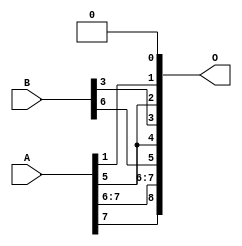
// This program was cloned from: https://github.com/ehw-fit/evoapproxlib
// License: MIT License

/***
* This code is a part of EvoApproxLib library (ehw.fit.vutbr.cz/approxlib) distributed under The MIT License.
* When used, please cite the following article(s): V. Mrazek, L. Sekanina, Z. Vasicek "Libraries of Approximate Circuits: Automated Design and Application in CNN Accelerators" IEEE Journal on Emerging and Selected Topics in Circuits and Systems, Vol 10, No 4, 2020 
* This file contains a circuit from a sub-set of pareto optimal circuits with respect to the pwr and ep parameters
***/
// MAE% = 25.00 %
// MAE = 64 
// WCE% = 50.00 %
// WCE = 128 
// WCRE% = 9700.00 %
// EP% = 99.95 %
// MRE% = 249.36 %
// MSE = 4798 
// PDK45_PWR = 0.000 mW
// PDK45_AREA = 0.0 um2
// PDK45_DELAY = 0.00 ns

module add8se_8XS (
    A,
    B,
    O
);

input [7:0] A;
input [7:0] B;
output [8:0] O;
assign O[8] = A[7];
assign O[7] = A[7];
assign O[6] = A[6];
assign O[5] = B[6];
assign O[4] = A[5];
assign O[3] = B[3];
assign O[2] = A[5];
assign O[1] = A[1];
assign O[0] = 1'b0;

endmodule